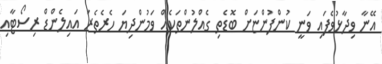
އޭނާ ވިދާޅުވެފައި ވަނީ ކުންފުންޏަށް ބޮޑެތި ގެއްލުންތަކެއް ވަމުންދިޔަ ހެރެތެެރަ އައިލެންޑް ރިސޯޓާއި